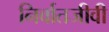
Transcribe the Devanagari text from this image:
निर्वातजीवी